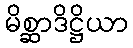
မိစ္ဆာဒိဋ္ဌိယာ